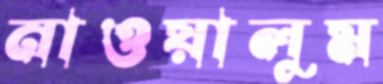
নাওয়ালুম